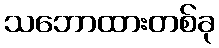
သဘောထားတစ်ခု